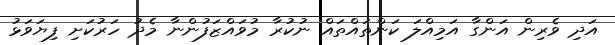
އަދި ވެރިން އަންގާ އަމިއްލަ ކަންތައްތައް ނުކުރާ މުވައްޒަފުންނާ މެދު ހަރުކަށި ފިޔަވަޅު